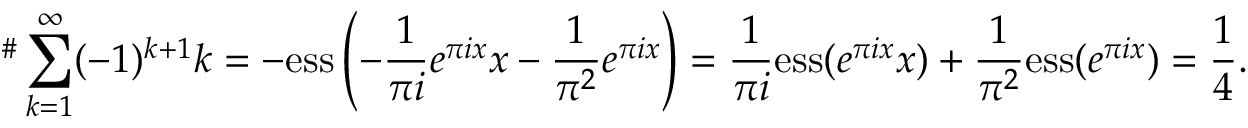
\begin{array} { r } { \displaystyle ^ \# \sum _ { k = 1 } ^ { \infty } ( - 1 ) ^ { k + 1 } k = - \mathrm { e s s } \left( - \frac { 1 } { \pi i } e ^ { \pi i x } x - \frac { 1 } { \pi ^ { 2 } } e ^ { \pi i x } \right) = \frac { 1 } { \pi i } \mathrm { e s s } ( e ^ { \pi i x } x ) + \frac { 1 } { \pi ^ { 2 } } \mathrm { e s s } ( e ^ { \pi i x } ) = \frac { 1 } { 4 } . } \end{array}